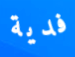
فدية